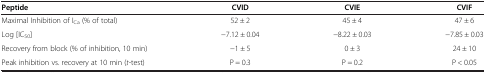
<table><thead><tr><td><b>Peptide</b></td><td><b>CVID</b></td><td><b>CVIE</b></td><td><b>CVIF</b></td></tr></thead><tbody><tr><td>Maximal Inhibition of I<sub>Ca</sub> (% of total)</td><td>52 ± 2</td><td>45 ± 4</td><td>47 ± 6</td></tr><tr><td>Log [IC<sub>50</sub>]</td><td>-7.12 ± 0.04</td><td>-8.22 ± 0.03</td><td>-7.85 ± 0.03</td></tr><tr><td>Recovery from block (% of inhibition, 10 min)</td><td>-1 ± 5</td><td>0 ± 3</td><td>24 ± 10</td></tr><tr><td>Peak inhibition vs. recovery at 10 min (<i>t</i>-test)</td><td>P = 0.3</td><td>P = 0.2</td><td>P &lt; 0.05</td></tr></tbody></table>